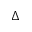
\Delta